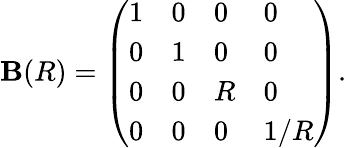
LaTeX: \mathbf{B}(R)=\left(\begin{array}{llll}{{1}}&{{0}}&{{0}}&{{0}}\\ {{0}}&{{1}}&{{0}}&{{0}}\\ {{0}}&{{0}}&{{R}}&{{0}}\\ {{0}}&{{0}}&{{0}}&{{1/R}}\end{array}\right).